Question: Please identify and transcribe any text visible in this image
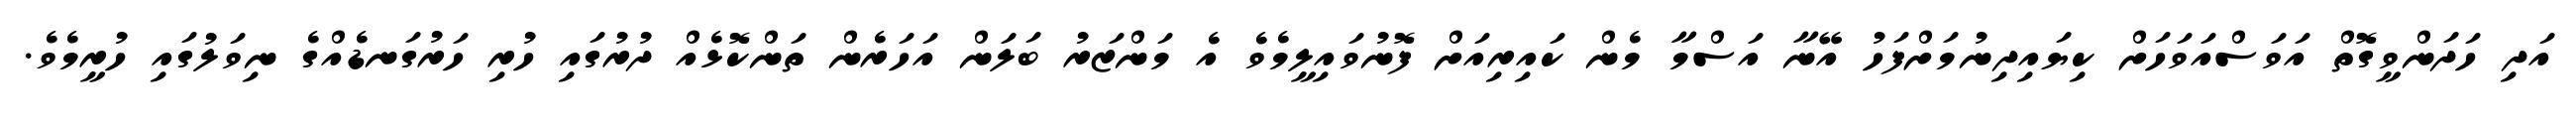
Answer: އަދި ހަދަންވީގޮތް އަވަސްއަވަހަށް ކިޔައިދިނުމަށްފަހު އޭނާ އަސްމާ މެން ކައިރިއަށް ފޮނުވައިލީމެވެ އެ މަންޒަރު ބަލަން އަހަރެން ތަންކޮޅެއް ދުރުގައި ހުރި ހަރުގަނޑެއްގެ ނިވަލުގައި ހުރީމެވެ.